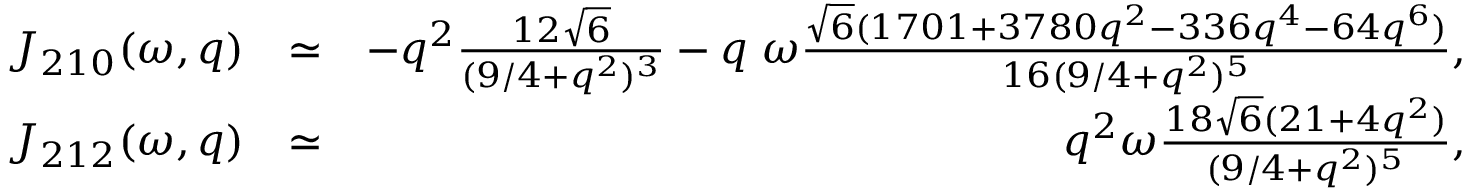
\begin{array} { r l r } { { \cal J } _ { 2 1 0 } ( \omega , q ) } & { \simeq } & { - { q ^ { 2 } } \frac { 1 2 \sqrt { 6 } } { ( 9 / 4 + q ^ { 2 } ) ^ { 3 } } - q \; \omega \frac { \sqrt { 6 } ( 1 7 0 1 + 3 7 8 0 q ^ { 2 } - 3 3 6 q ^ { 4 } - 6 4 q ^ { 6 } ) } { 1 6 ( 9 / 4 + q ^ { 2 } ) ^ { 5 } } , } \\ { { \cal J } _ { 2 1 2 } ( \omega , q ) } & { \simeq } & { q ^ { 2 } \omega \frac { 1 8 \sqrt { 6 } ( 2 1 + 4 q ^ { 2 } ) } { ( 9 / 4 + q ^ { 2 } ) ^ { 5 } } , } \end{array}